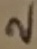
Text: 2